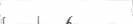
٢٨